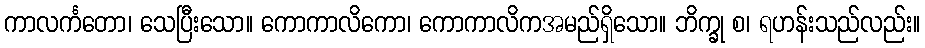
ကာလင်္ကတော၊ သေပြီးသော။ ကောကာလိကော၊ ကောကာလိကအမည်ရှိသော။ ဘိက္ခု စ၊ ရဟန်းသည်လည်း။